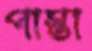
পাস্তা